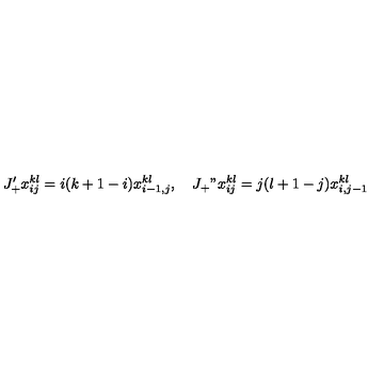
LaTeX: J _ { + } ^ { \prime } x _ { i j } ^ { k l } = i ( k + 1 - i ) x _ { i - 1 , j } ^ { k l } , \quad J _ { + } " x _ { i j } ^ { k l } = j ( l + 1 - j ) x _ { i , j - 1 } ^ { k l }